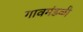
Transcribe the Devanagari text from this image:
गावमंडळी